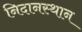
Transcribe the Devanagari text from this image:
निदानस्थान